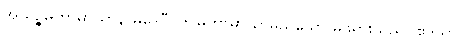
အယဉ္စမဟာမာယာနာမဒေဝီ၊ ဤမဟာမာယာမည်သော မိဖုရားသည်။ ဧဒိသာ၊